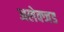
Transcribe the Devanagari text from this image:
अलेक्जड